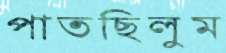
পাতছিলুম